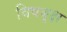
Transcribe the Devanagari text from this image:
विषबृक्ष